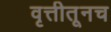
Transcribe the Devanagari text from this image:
वृत्तीतूनच